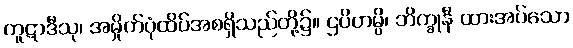
ကူဋာဒီသု၊ အမှိုက်ပုံထိပ်အစရှိသည်တို့၌။ ဌပိတမ္ပိ၊ ဘိက္ခုနီ ထားအပ်သော